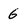
Character: 6